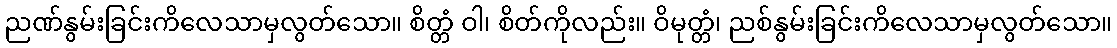
ညဏ်နွမ်းခြင်းကိလေသာမှလွတ်သော။ စိတ္တံ ဝါ၊ စိတ်ကိုလည်း။ ဝိမုတ္တံ၊ ညစ်နွမ်းခြင်းကိလေသာမှလွတ်သော။